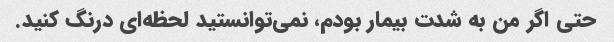
حتی اگر من به شدت بیمار بودم، نمی‌توانستید لحظه‌ای درنگ کنید.